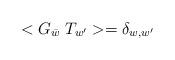
LaTeX: \begin{align*}<G_{\bar{w}}\; T_{w^{\prime}}> = \delta_{w,w^{\prime}}\end{align*}